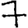
Digit: 7